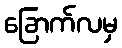
ခြောက်လမှ